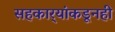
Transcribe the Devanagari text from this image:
सहकार्‍यांकडूनही